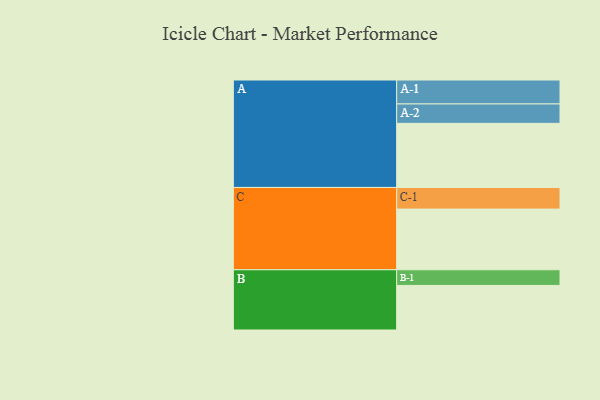
{"axis": {"x": "Segment", "y": "Value"}, "legend": ["", "A", "B", "C"], "data": [{"x": "A", "y": 581, "type": ""}, {"x": "B", "y": 404, "type": ""}, {"x": "C", "y": 550, "type": ""}, {"x": "A-1", "y": 217, "type": "A"}, {"x": "A-2", "y": 176, "type": "A"}, {"x": "B-1", "y": 142, "type": "B"}, {"x": "C-1", "y": 196, "type": "C"}]}